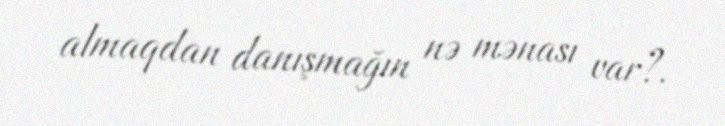
almaqdan danışmağın nə mənası var?.